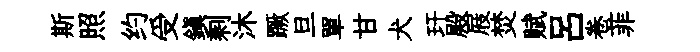
斯照约受鎭剩沐蹶旦單甘犬玕殿屐焚赋吕卷菲